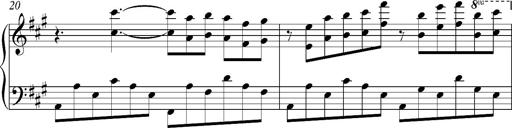
Title: PensÃ©es (Nocturne)
Composer: Franz Liszt
Key: A major